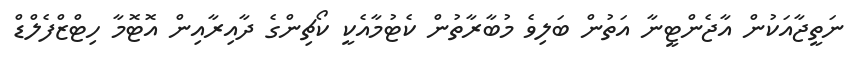
ނަތީޖާއަކުން އާޖެންޓީނާ އަތުން ބަލިވެ މުބާރާތުން ކެޓުމާއެކީ ކޯޗިންގެ ދާއިރާއިން އޮޓޮމާ ހިޓްޒްފެލްޑް